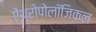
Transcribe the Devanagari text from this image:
ऐंथ्रोपोलॉजिकल